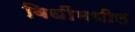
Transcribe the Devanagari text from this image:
विधींमधील